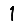
Digit: 1